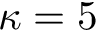
\kappa = 5